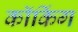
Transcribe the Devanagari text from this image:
कॉकिंग